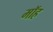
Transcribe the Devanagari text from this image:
मॉह